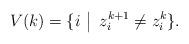
LaTeX: \begin{align*}V(k)= \{i\,\,\big|\,\,\, z_i^{k+1}\ne z_i^k\}.\end{align*}